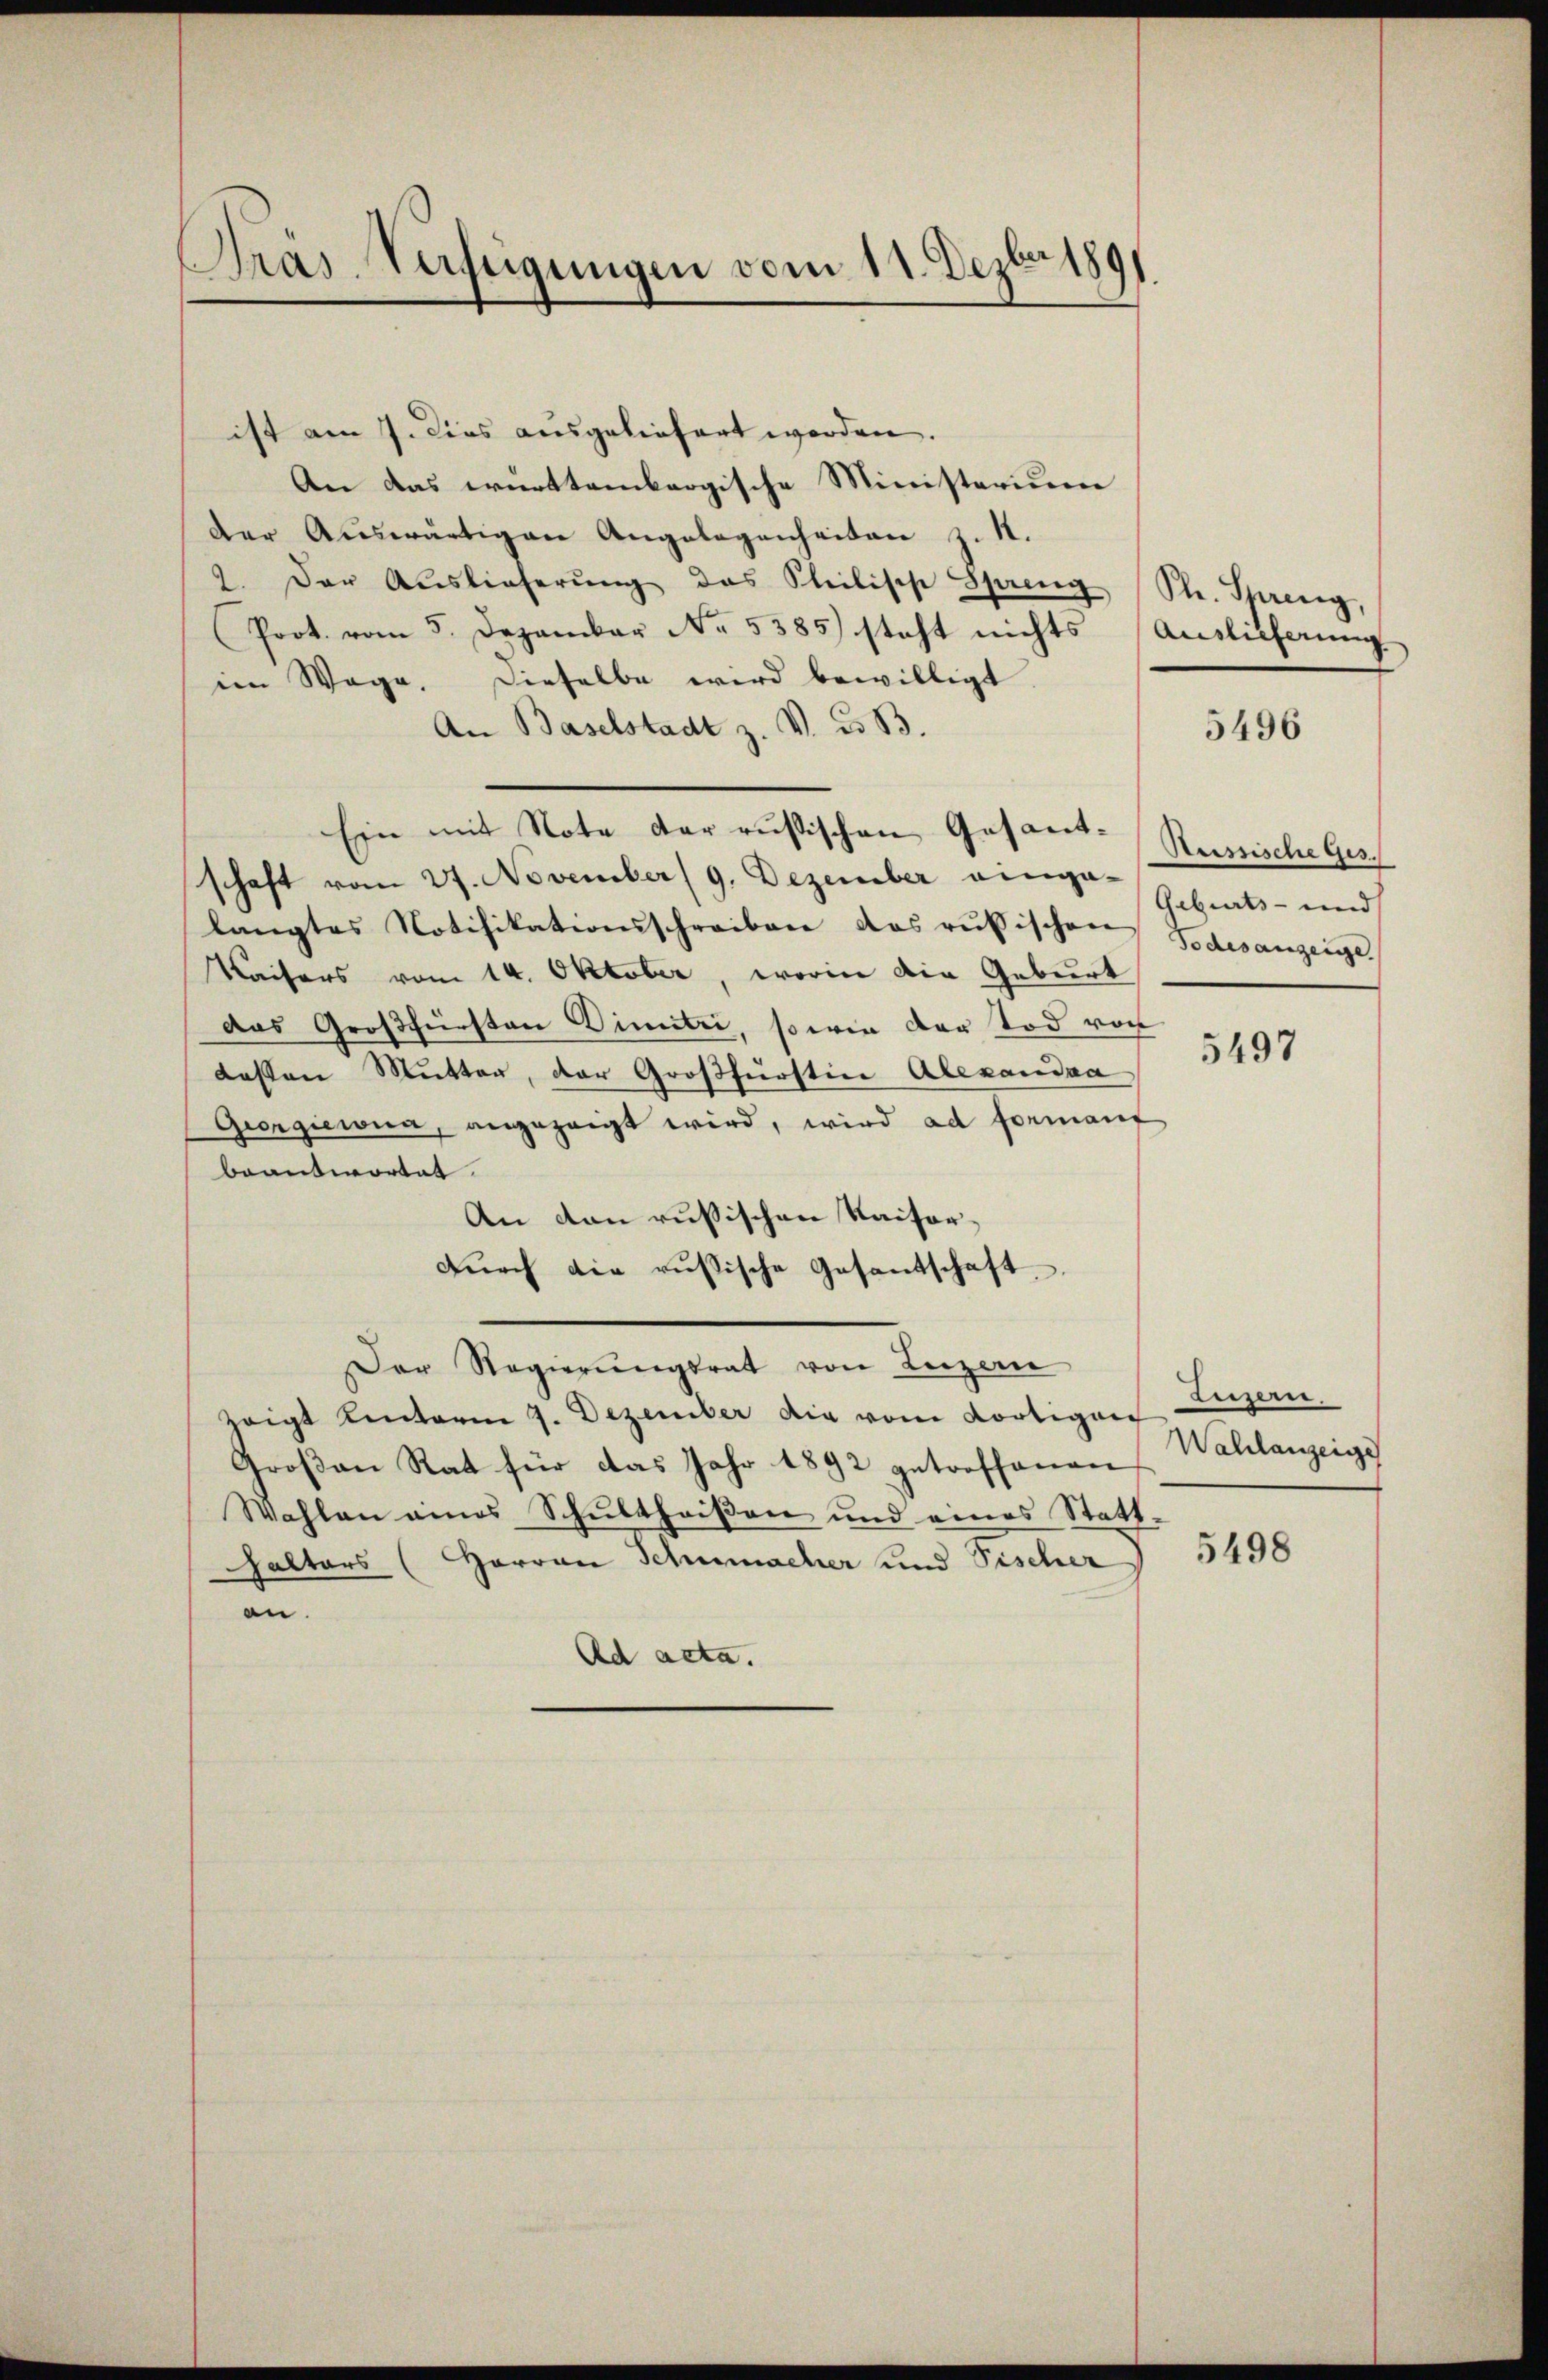
Präs. Verfügungen vom 11. Dezbr 1891

ist am 7. Dies ausgeliefert worden.
An das württembergische Ministerium
der Aŭswärtigen Angelegenheiten z. 1.
2. Der Auslieferŭng das Stilische Spreng (Str. Spreng
Prot. vom 5. Dezember No. 5385) steht nichts Auslieferŭng.
im Wege. Dieselbe wird bewilligt
An Baselstadt z. V. d. B.
Ein mit Note der russischen Gesandtschaft vom 27. November (9. Dezember einge- und
langtes Notifikationsschreiben das russischen Bozisanzeige,
Kaisers vom 14. Oktober, worin die Geburt
das Großfürsten Dimetri, so wie der Tod von
dessen Mutter, der Großfürstin Alexandaa
Giorgiewia, angezeigt wird, wird ad Formant
beantwortet.
An den russischen Kaifordurch die russische Gesantschaft
Der Regierungsrat von Luzern
zeigt hinterm 7. Dezember die vom dortiger
Großen Rat für das Jahr 1892 getroffenen
Wahlen eines Schultheiβen und eines Statt
halters (Herren Schumacher und Fischer
an.
Ad acta.

5496

Reissische Ges.

5497

Luzern.
Wahlanzeige

5498